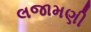
લજામણી